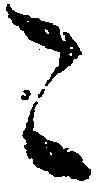
こ